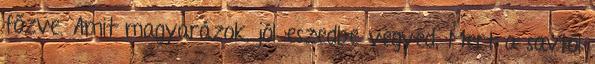
főzve. Amit magyarázok, jól eszedbe vegyed, Mert a savtól